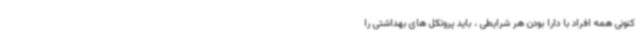
کنونی همه افراد با دارا بودن هر شرایطی ، باید پروتکل های بهداشتی را